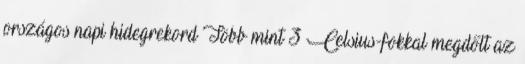
országos napi hidegrekord Több mint 3 Celsius-fokkal megdőlt az